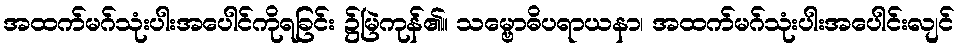
အထက်မဂ်သုံးပါးအပေါင်ကိုရခြင်း ၌မြဲကုန်၏။ သမ္ဗောဓိပရာယနာ၊ အထက်မဂ်သုံးပါးအပေါင်းလျင်